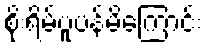
စိုးရိမ်ပူပန်မိကြောင်း